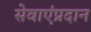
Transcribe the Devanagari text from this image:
सेवाएंप्रदान